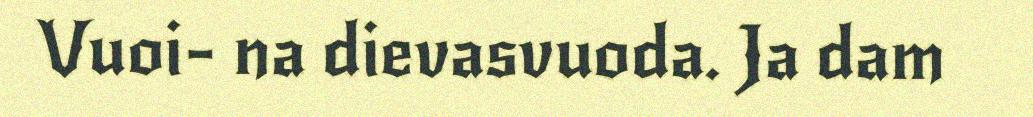
Vuoi- na dievasvuoda. Ja dam